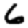
Digit: 6